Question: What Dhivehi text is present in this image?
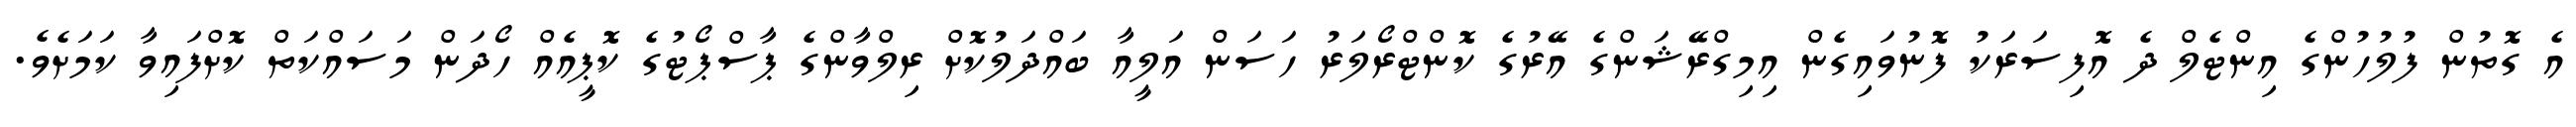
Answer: އެ ގޮތުން ފުލުހުންގެ އިންޓެލް ދެ އޮފިސަރަކު ފޮނުވައިގެން އިމިގްރޭޝަންގެ އޭރުގެ ކޮންޓްރޯލަރު ހަސަން އަލީއާ ބައްދަލުކޮށް ރިލްވާންގެ ޕާސްޕޯޓުގެ ކޮޕީއެއް ހޯދަން މަސައްކަތް ކޮށްފައިވާ ކަމަށެވެ.